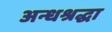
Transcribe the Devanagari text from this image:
अन्धश्रद्धा